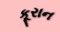
કૂરાન